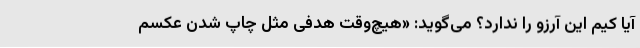
آیا کیم این آرزو را ندارد؟ می‌گوید: «هیچ‌وقت هدفی مثل چاپ شدن عکسم